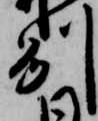
州